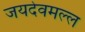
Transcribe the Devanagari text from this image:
जयदेवमल्ल